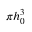
\pi h _ { 0 } ^ { 3 }